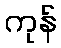
ကုန်